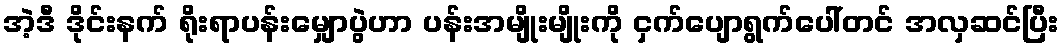
အဲ့ဒီ ဒိုင်းနက် ရိုးရာပန်းမျှောပွဲဟာ ပန်းအမျိုးမျိုးကို ငှက်ပျောရွက်ပေါ်တင် အလှဆင်ပြီး